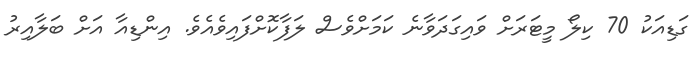
ގަޑިއަކު 70 ކިލޯ މީޓަރަށް ވައިގަދަވާނެ ކަމަށްވެސް ލަފާކޮށްފައިވެއެވެ. އިންޑިއާ އަށް ބަލާއިރު